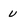
Character: U